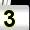
Digit: 3